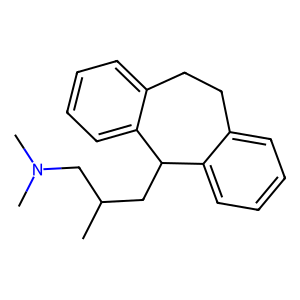
SMILES: CC(CC1c2ccccc2CCc2ccccc21)CN(C)C
Inhibits HIV replication: No